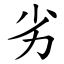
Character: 劣